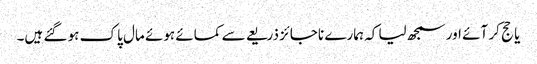
یا حج کر آئے اور سمجھ لیا کہ ہمارے ناجائز ذریعے سے کمائے ہوئے مال پاک ہو گئے ہیں۔